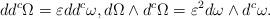
LaTeX: \begin{align*}dd^c \Omega = \varepsilon dd^c \omega, d \Omega \wedge d^c \Omega= \varepsilon^2 d\omega \wedge d^c \omega.\end{align*}